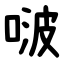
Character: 啵